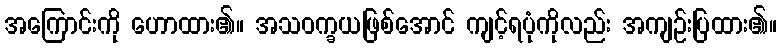
အကြောင်းကို ဟောထား၏။ အသဝက္ခယဖြစ်အောင် ကျင့်ရပုံကိုလည်း အကျဉ်းပြထား၏။